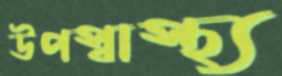
উপস্বাস্থ্য